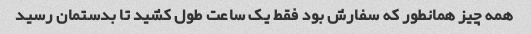
همه چیز همانطور که سفارش بود فقط یک ساعت طول کشید تا بدستمان رسید